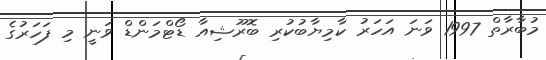
މުބާރާތް 1997 ވަނަ އަހަރު ކާމިޔާބުކުރި ބޮރޫޝިއާ ޑޯޓްމަންޑް ވަނީ މި ފަހަރުގެ